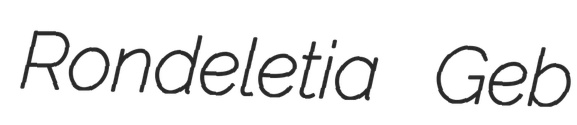
Rondeletia Geb